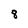
Character: 8